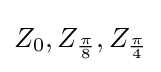
Z_{0},Z_{\frac {\pi }{8}},Z_{\frac {\pi }{4}}